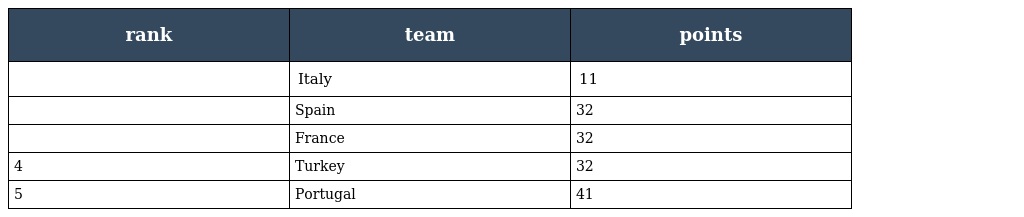
| rank | team | points |
 | --- | --- | --- |
 |  | Italy | 11 |
 |  | Spain | 32 |
 |  | France | 32 |
 | 4 | Turkey | 32 |
 | 5 | Portugal | 41 |